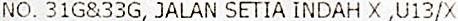
NO. 31G&33G, JALAN SETIA INDAH X ,U13/X